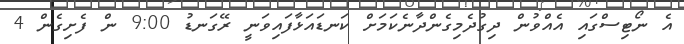
އެ ނޯޓިސްގައި އެއްވުން ދިގުދެމިގެންދާނެކަމަށް ކަނޑައަޅާފައިވަނީ ރޭގަނޑު 9:00 ން ފެށިގެން 4